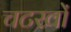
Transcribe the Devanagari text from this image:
चटखों